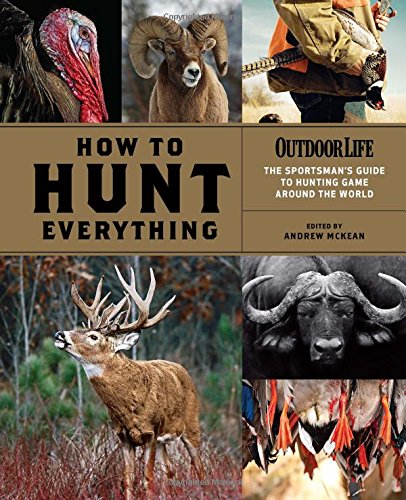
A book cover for How to Hunt Everything (Outdoor Life); Andrew McKean; Reference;